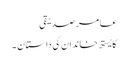
عامر صدیقی
کایستھ خاندان کی داستان ۔